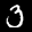
Label: 3